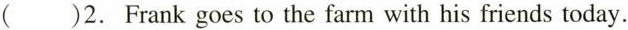
( )2. Frank goes to the farm with his friends today.